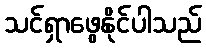
သင်ရှာဖွေနိုင်ပါသည်